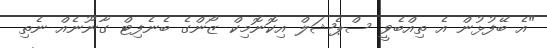
"އެ ބޭފުޅުން އެ ތިއްބެވީ ސްޕެޝަލް އިކޮނޮމިކް ޒޯންގެ ބެނެފިޓް ގާނޫނެއް ނެތި